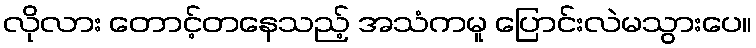
လိုလား တောင့်တနေသည့် အသံကမူ ပြောင်းလဲမသွားပေ။